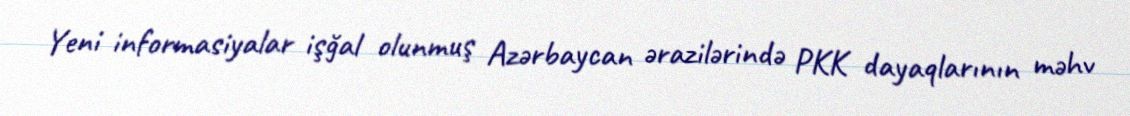
Yeni informasiyalar işğal olunmuş Azərbaycan ərazilərində PKK dayaqlarının məhv